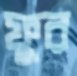
ফুর